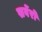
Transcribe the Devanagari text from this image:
सर्वेरों